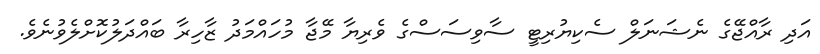
އަދި ރާއްޖޭގެ ނެޝަނަލް ސެކިޔުރިޓީ ސާވިސަސްގެ ވެރިޔާ މޭޖާ މުހައްމަދު ޒާހިރާ ބައްދަލުކޮށްލެވުނެވެ.